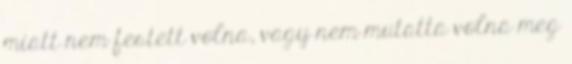
miatt nem festett volna, vagy nem mutatta volna meg